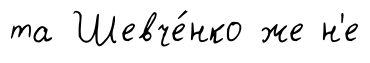
та Шевче́нко же н'е